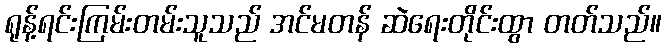
ရုန့်ရင်းကြမ်းတမ်းသူသည် အင်မတန် ဆဲရေးတိုင်းထွာ တတ်သည်။